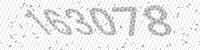
Solution: 163078